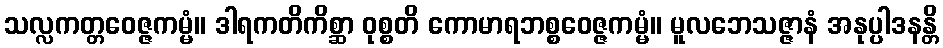
သလ္လကတ္တဝေဇ္ဇကမ္မံ။ ဒါရကတိကိစ္ဆာ ဝုစ္စတိ ကောမာရဘစ္စဝေဇ္ဇကမ္မံ။ မူလဘေသဇ္ဇာနံ အနုပ္ပါဒနန္တိ